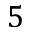
5